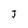
Character: J